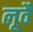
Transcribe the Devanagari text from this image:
लूवैं